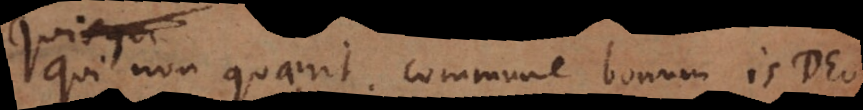
Qui non quaerit commune bonum is Deo